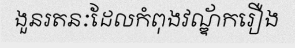
ងួនរតនៈដែលកំពុងវណ្ឌ័ករឿង